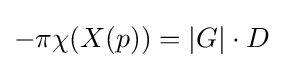
-\pi \chi (X(p))=|G|\cdot D